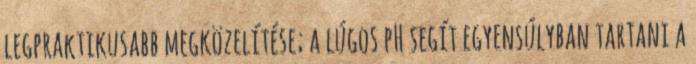
legpraktikusabb megközelítése; a lúgos pH segít egyensúlyban tartani a